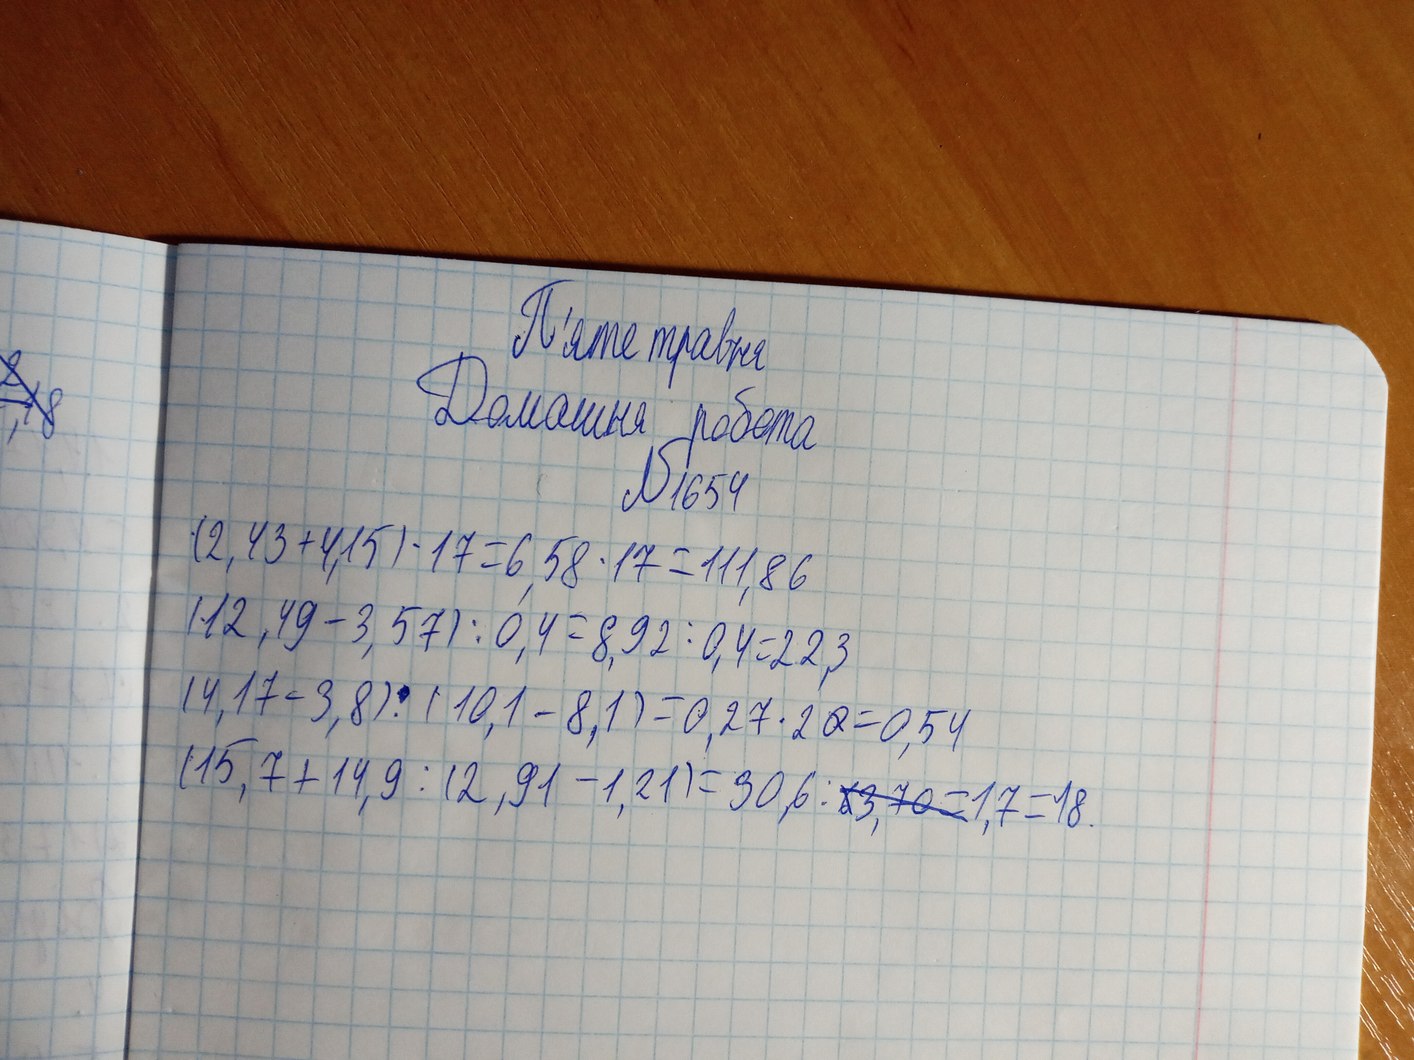
П'яте травня
Домашня робота
№ 1654
(2,43 + 4,15) * 17 = 6.58 * 17 = 111,86
(12,49 - 3,57) : 0,4 = 8,92 : 0,4 = 22,3
(4,17 - 3,8) : (10,1 - 8,1) = 0,27 * 2,0 = 0,54
(15,7 + 14,9 : (2,91 - 1,21) = 30,6 : ~~63,70 =~~ 1,7 = 18.